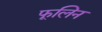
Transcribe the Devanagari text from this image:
फूलिन